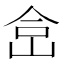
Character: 𰂅